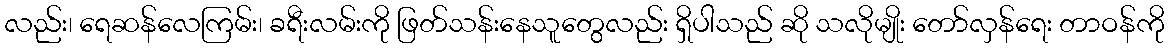
လည်း၊ ရေဆန်လေကြမ်း၊ ခရီးလမ်းကို ဖြတ်သန်းနေသူတွေလည်း ရှိပါသည် ဆို သလိုမျိုး တော်လှန်ရေး တာဝန်ကို